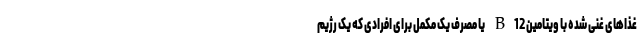
غذاهای غنی شده با ویتامین B12 یا مصرف یک مکمل برای افرادی که یک رژیم